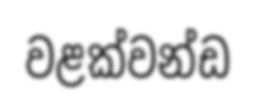
වළක්වන්ඩ